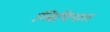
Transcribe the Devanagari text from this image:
लिपिपाठ